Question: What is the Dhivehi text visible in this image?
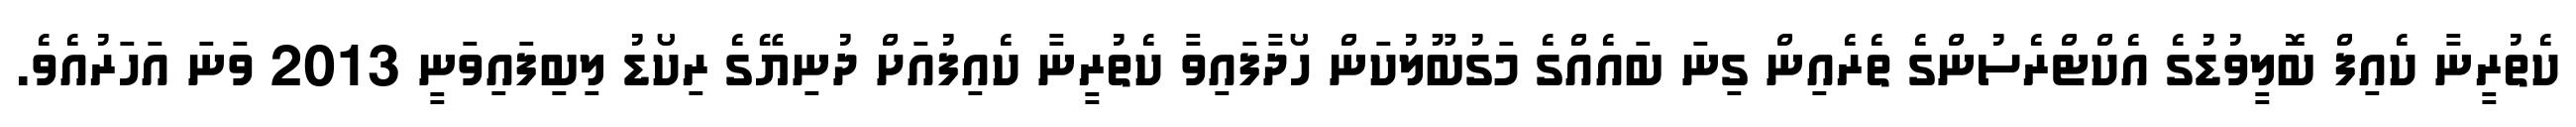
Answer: ކެތުރީނާ ކެއިފް ބޮލީވުޑުގެ އެކްޓްރެސުންގެ ތެރެއިން ގިނަ ބައެއްގެ މަގުބޫލުކަން ހޯދާފައިވާ ކެތުރީނާ ކެއިފުއަށް ދުނިޔޭގެ ރިކޯޑު ލިބިފައިވަނީ 2013 ވަނަ އަހަރުއެވެ.